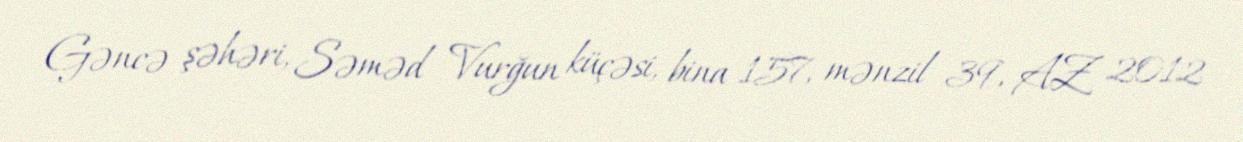
Gəncə şəhəri, Səməd Vurğun küçəsi, bina 157, mənzil 39, AZ 2012